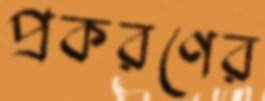
প্রকরণের